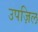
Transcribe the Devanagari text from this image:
उपज़िल